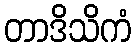
တာဒိသိကံ